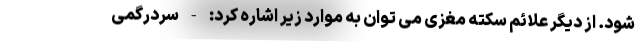
شود. از دیگر علائم سکته مغزی می توان به موارد زیر اشاره کرد: - سردرگمی